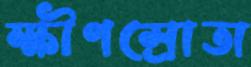
ক্ষীণস্রোতা